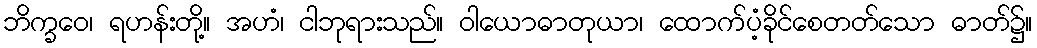
ဘိက္ခဝေ၊ ရဟန်းတို့။ အဟံ၊ ငါဘုရားသည်။ ဝါယောဓာတုယာ၊ ထောက်ပံ့ခိုင်စေတတ်သော ဓာတ်၌။